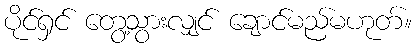
ပိုင်ရှင် တွေ့သွားလျှင် ချောင်မည်မဟုတ်။